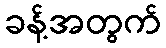
ခန့်အတွက်